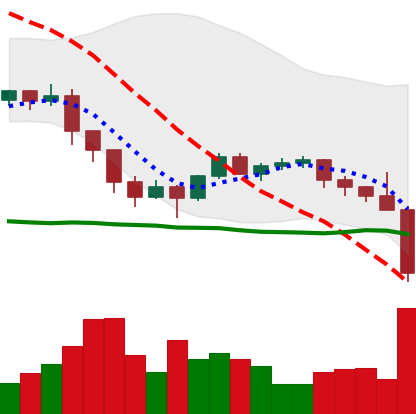
Ticker: ETH-USD
Chart end date: 2022-01-21
Forward return: -3.515%
Label: down_3_5